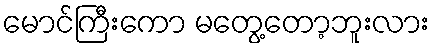
မောင်ကြီးကော မတွေ့တော့ဘူးလား